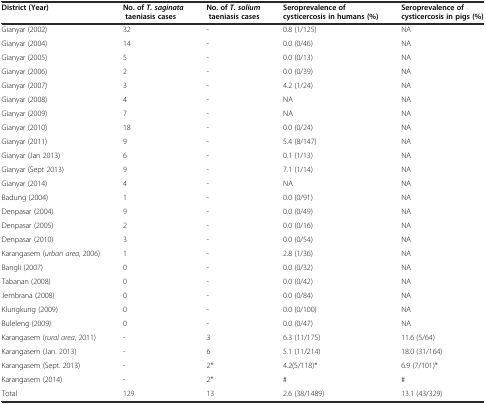
<table><thead><tr><td><b>District (Year)</b></td><td><b>No. of<i>T. saginata</i>taeniasis cases</b></td><td><b>No. of<i>T. solium</i>taeniasis cases</b></td><td><b>Seroprevalence of cysticercosis in humans (%)</b></td><td><b>Seroprevalence of cysticercosis in pigs (%)</b></td></tr></thead><tbody><tr><td>Gianyar (2002)</td><td>32</td><td>-</td><td>0.8 (1/125)</td><td>NA</td></tr><tr><td>Gianyar (2004)</td><td>14</td><td>-</td><td>0.0 (0/46)</td><td>NA</td></tr><tr><td>Gianyar (2005)</td><td>5</td><td>-</td><td>0.0 (0/13)</td><td>NA</td></tr><tr><td>Gianyar (2006)</td><td>2</td><td>-</td><td>0.0 (0/39)</td><td>NA</td></tr><tr><td>Gianyar (2007)</td><td>3</td><td>-</td><td>4.2 (1/24)</td><td>NA</td></tr><tr><td>Gianyar (2008)</td><td>4</td><td>-</td><td>NA</td><td>NA</td></tr><tr><td>Gianyar (2009)</td><td>7</td><td>-</td><td>NA</td><td>NA</td></tr><tr><td>Gianyar (2010)</td><td>18</td><td>-</td><td>0.0 (0/24)</td><td>NA</td></tr><tr><td>Gianyar (2011)</td><td>9</td><td>-</td><td>5.4 (8/147)</td><td>NA</td></tr><tr><td>Gianyar (Jan 2013)</td><td>6</td><td>-</td><td>0.1 (1/13)</td><td>NA</td></tr><tr><td>Gianyar (Sept 2013)</td><td>9</td><td>-</td><td>7.1 (1/14)</td><td>NA</td></tr><tr><td>Gianyar (2014)</td><td>4</td><td>-</td><td>NA</td><td>NA</td></tr><tr><td>Badung (2004)</td><td>1</td><td>-</td><td>0.0 (0/91)</td><td>NA</td></tr><tr><td>Denpasar (2004)</td><td>9</td><td>-</td><td>0.0 (0/49)</td><td>NA</td></tr><tr><td>Denpasar (2005)</td><td>2</td><td>-</td><td>0.0 (0/16)</td><td>NA</td></tr><tr><td>Denpasar (2010)</td><td>3</td><td>-</td><td>0.0 (0/54)</td><td>NA</td></tr><tr><td>Karangasem (<i>urban area</i>, 2006)</td><td>1</td><td>-</td><td>2.8 (1/36)</td><td>NA</td></tr><tr><td>Bangli (2007)</td><td>0</td><td>-</td><td>0.0 (0/32)</td><td>NA</td></tr><tr><td>Tabanan (2008)</td><td>0</td><td>-</td><td>0.0 (0/42)</td><td>NA</td></tr><tr><td>Jembrana (2008)</td><td>0</td><td>-</td><td>0.0 (0/84)</td><td>NA</td></tr><tr><td>Klungkung (2009)</td><td>0</td><td>-</td><td>0.0 (0/100)</td><td>NA</td></tr><tr><td>Buleleng (2009)</td><td>0</td><td>-</td><td>0.0 (0/47)</td><td>NA</td></tr><tr><td>Karangasem (<i>rural area</i>, 2011)</td><td>-</td><td>3</td><td>6.3 (11/175)</td><td>11.6 (5/64)</td></tr><tr><td>Karangasem (Jan. 2013)</td><td>-</td><td>6</td><td>5.1 (11/214)</td><td>18.0 (31/164)</td></tr><tr><td>Karangasem (Sept. 2013)</td><td>-</td><td>2*</td><td>4.2(5/118)*</td><td>6.9 (7/101)*</td></tr><tr><td>Karangasem (2014)</td><td>-</td><td>2*</td><td>#</td><td>#</td></tr><tr><td>Total</td><td>129</td><td>13</td><td>2.6 (38/1489)</td><td>13.1 (43/329)</td></tr></tbody></table>